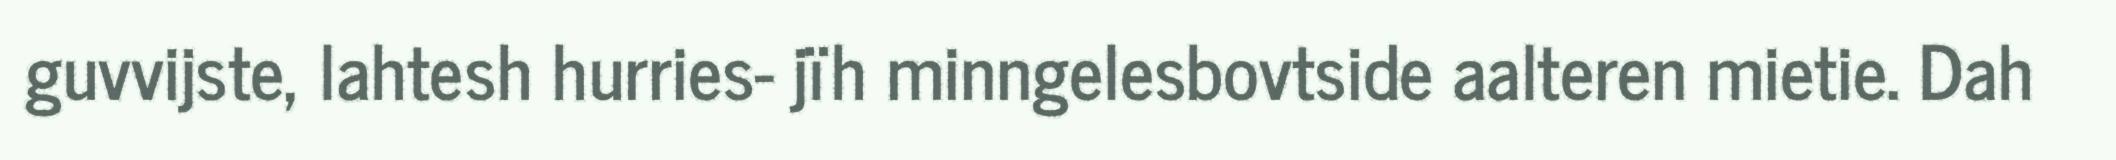
guvvijste, lahtesh hurries- jïh minngelesbovtside aalteren mietie. Dah